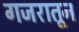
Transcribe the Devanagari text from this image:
गजरातून